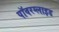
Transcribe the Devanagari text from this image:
पॉवरग्लाइड